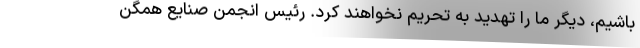
باشیم، دیگر ما را تهدید به تحریم نخواهند کرد. رئیس انجمن صنایع همگن